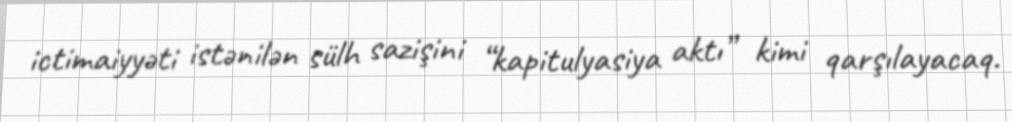
ictimaiyyəti istənilən sülh sazişini “kapitulyasiya aktı” kimi qarşılayacaq.